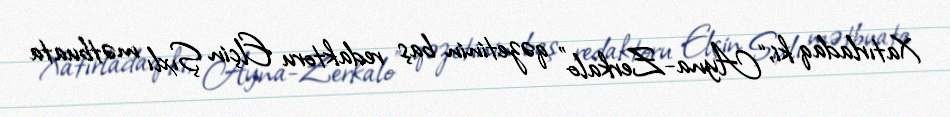
Xatırladaq ki, “Ayna-Zerkalo” qəzetinin baş redaktoru Elçin Şıxlı mətbuata